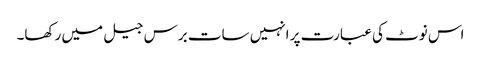
اس نوٹ کی عبارت پر انہیں سات برس جیل میں رکھا۔